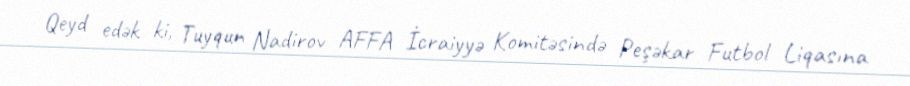
Qeyd edək ki, Tuyqun Nadirov AFFA İcraiyyə Komitəsində Peşəkar Futbol Liqasına